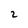
Character: 2